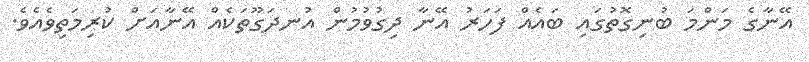
އޭނާގެ މަންމަ ބުނިގޮތުގައި ބައެއް ފަހަރު އޭނާ ދިގުވުމުން އުނދަގޫތަކެއް އޭނާއަށް ކުރިމަތިވެއެވެ.